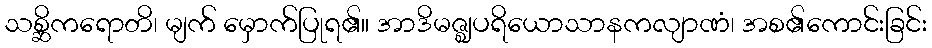
သစ္ဆိကရောတိ၊ မျက် မှောက်ပြုရ၏။ အာဒိမဇ္ဈပရိယောသာနကလျာဏံ၊ အစ၏ကောင်းခြင်း